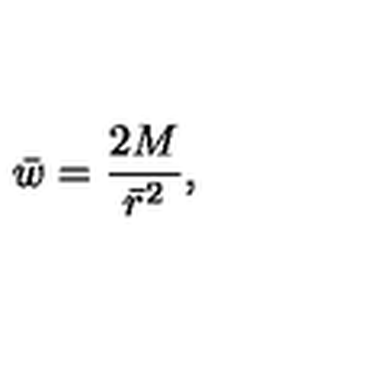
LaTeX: \bar { w } = { \frac { 2 M } { { \bar { r } } ^ { 2 } } } ,